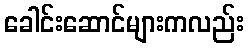
ခေါင်းဆောင်များကလည်း